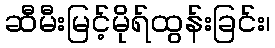
ဆီမီးမြင့်မိုရ်ထွန်းခြင်း၊